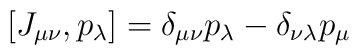
[J_{\mu \nu}, p_{\lambda}] = \delta_{\mu \nu} p_{\lambda} - \delta_{\nu \lambda} p_{\mu}